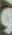
و